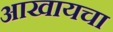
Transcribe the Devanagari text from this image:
आखायचा